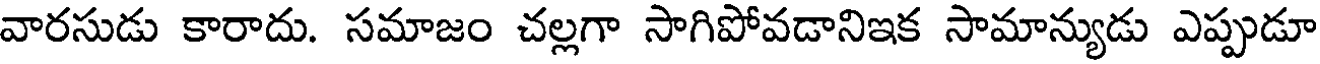
వారసుడు కారాదు. సమాజం చల్లగా సాగిపోవడానిఇక సామాన్యుడు ఎప్పుడూ